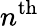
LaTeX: n^{\textnormal{th}}